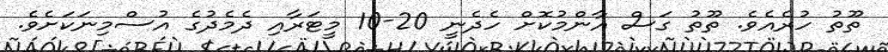
ތޫތު ހުރެއެވެ. ތޫތު ގަސް އާންމުކޮށް ހެދެނީ 20-10 މީޓަރާއި ދެމެދުގެ އުސްމިނަކަށެވެ.